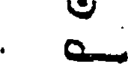
.